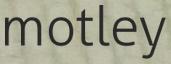
motley